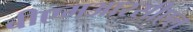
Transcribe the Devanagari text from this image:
बीएमआरसीएल